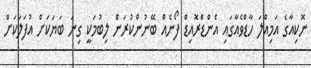
ނޮކިއާގެ އަމިއްލަ ހާޑްވެއާގައި އެންޑްރޮއިޑް ފޯނެއް ބޭނުންކުރަން ލިބުމަކީ ގިނަ ބަޔަކަށް އުފަލަކަށް